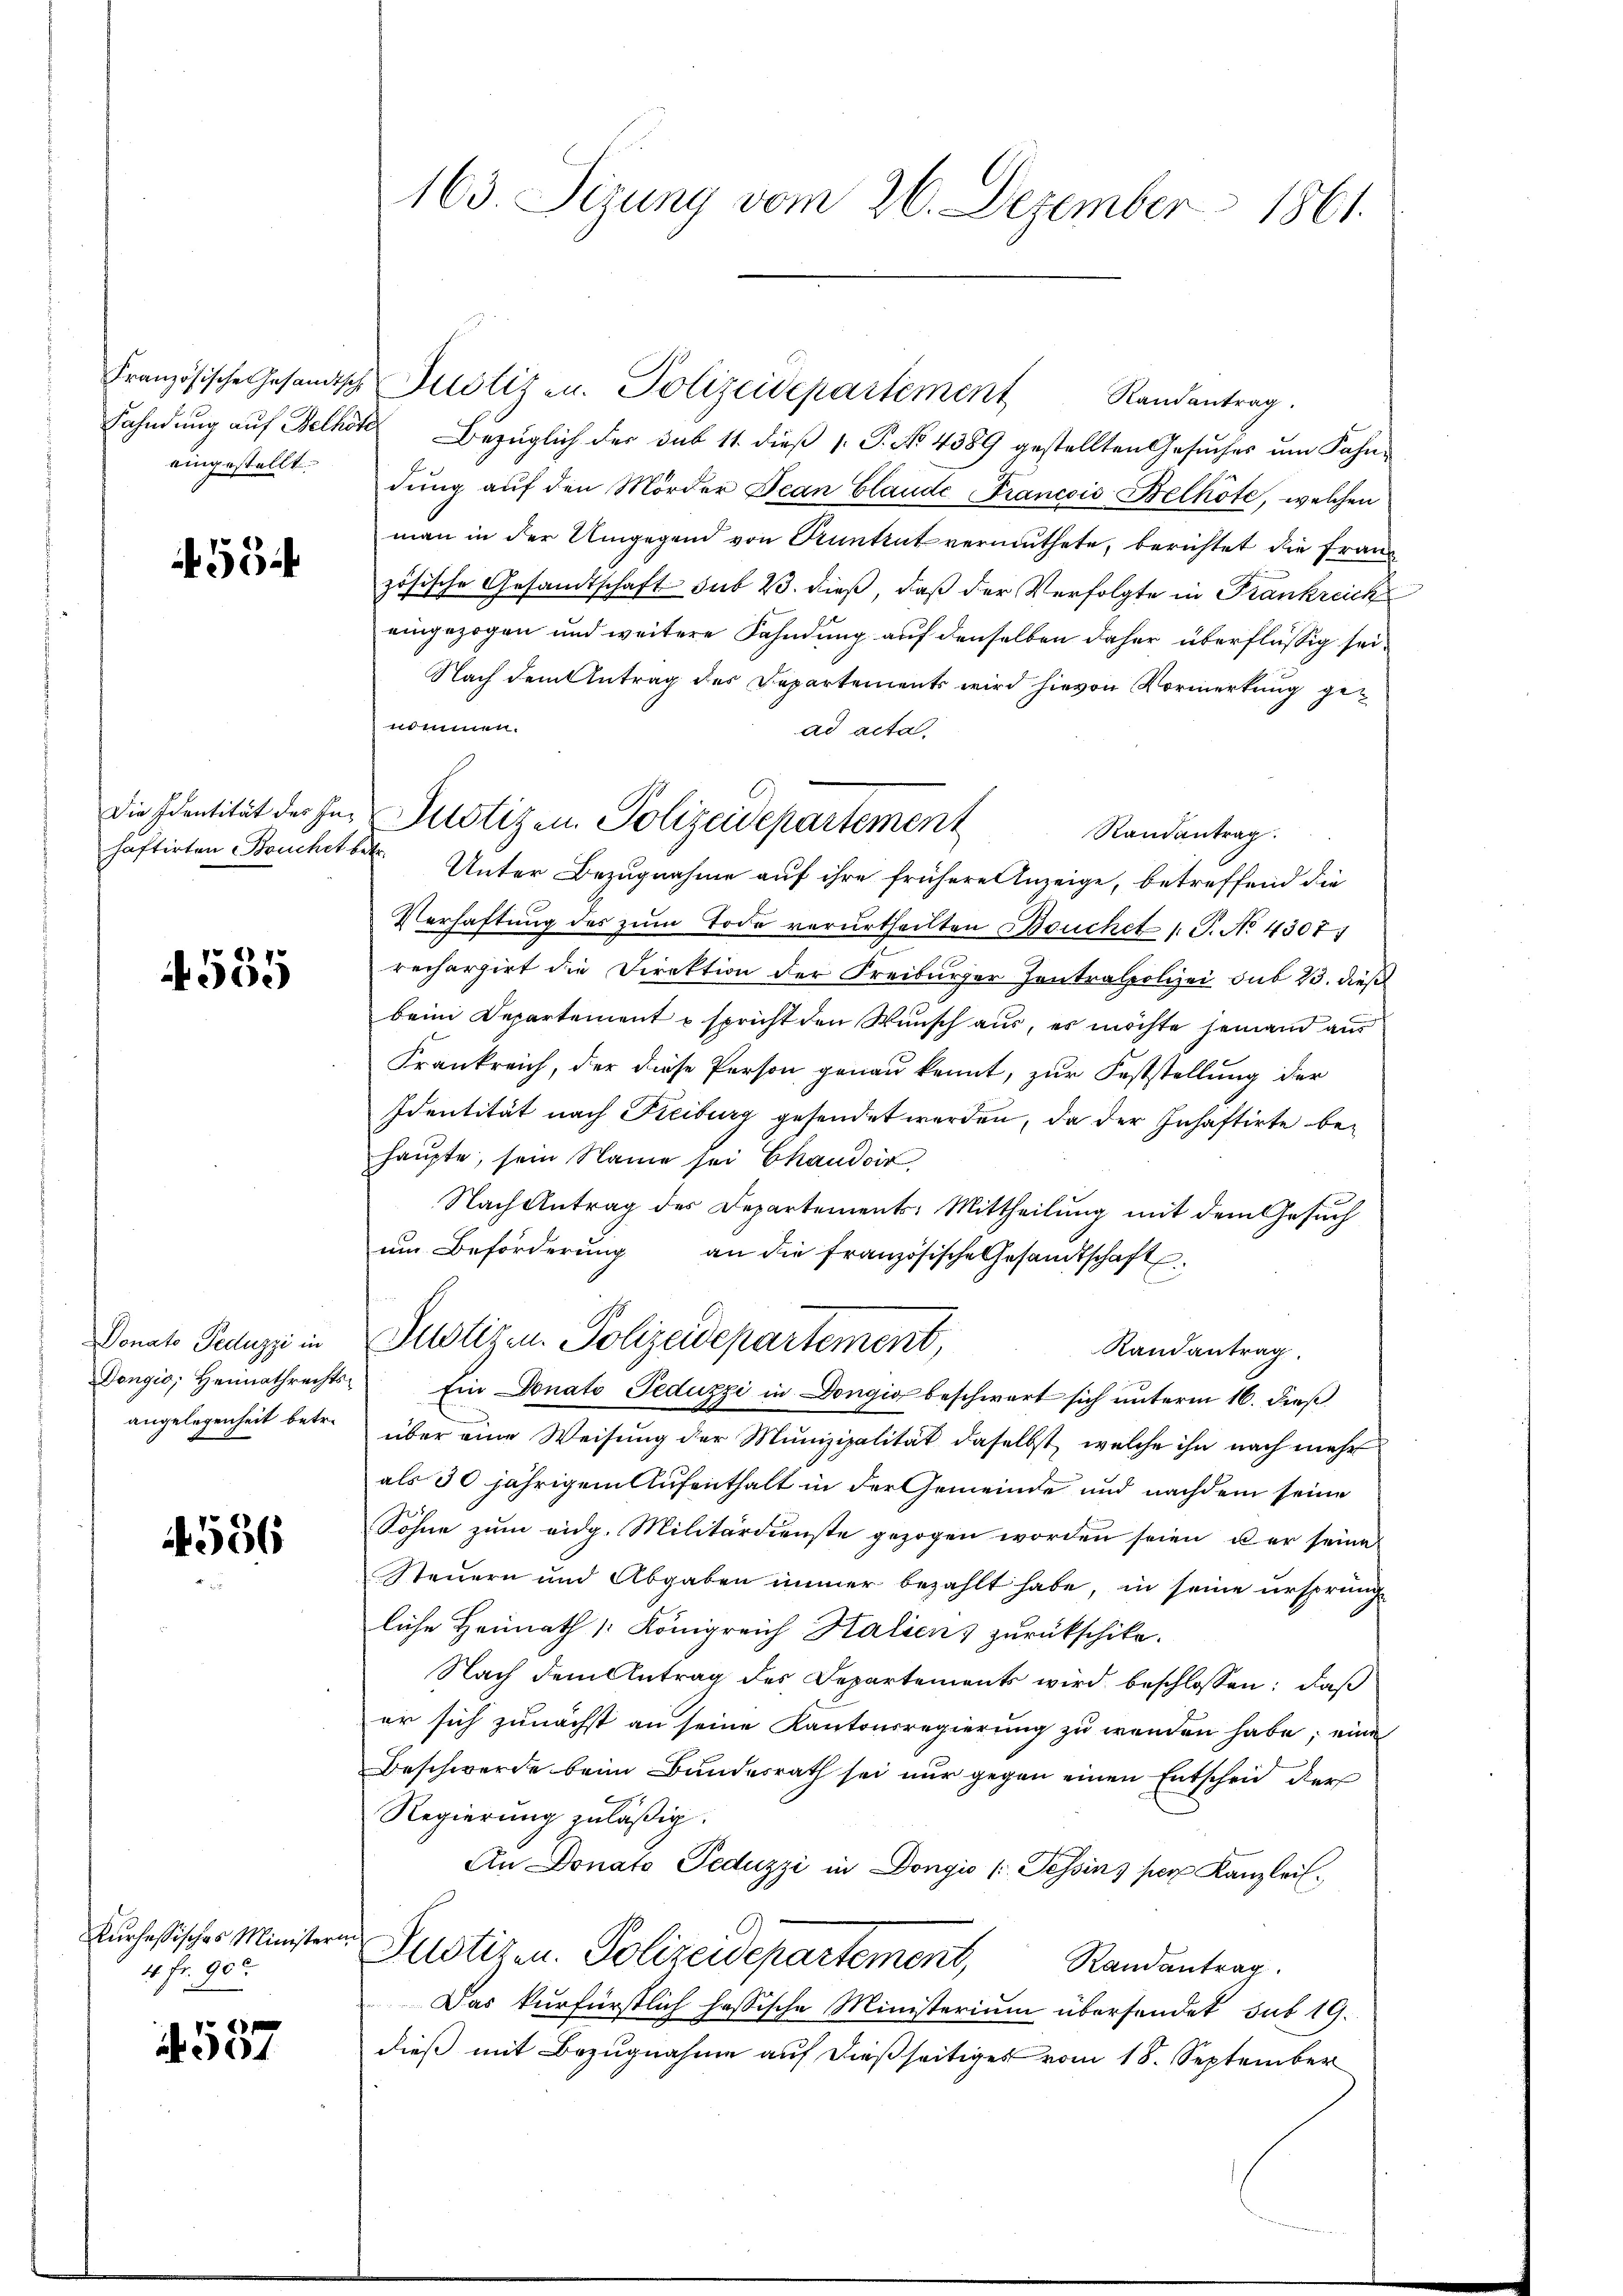
eingestellt.

55

häftirten Bruchet betr.

585

onate Geluggi in
angelegenheit betr.

4556

Kurhessisches Minister
4 fr. 900.

537

163. Sizung vom 26. Dezember 1861.

Fahndung auf Belhöte Bezüglich der sub 11. dieß 1. P. No 4389 gestellten Gesuches um Fahne
dŭng aŭf den Mörder Jean Claude Francois Belkote, welchen
man in der Umgegend von Truntrut vermuthete, berichtet die Franz
zösische Gesandtschaft sub 23. dieß, daß der Verfolgte in Frankreich
eingezogen und weitere Fahndung auf denselben daher überflüssig sei¬
Nach dem Antrag des Departements wird hievon Vormerkung genommen.
ad acta.
Randantrag.
Unter Bezugnahme auf ihre frühere Anzeige, betreffend die
Verhaftung des zum Tode verurtheilten Bouchet P. No 43071
rechargirt die Direktion der Freiburger Zentralpolizei sub 23. dieß
beim Departement u spricht den Wunsch aus, es möchte jemand aus
Frankreich, der diese Person genau kennt, zur Feststellung der
Identität nach Freiburg gesendet werden, da der Inhaftirte behaupte, sein Name sei Chaudois,
Nach Antrag des Departements: Mittheilung mit dem Gesuch
ŭm Beförderŭng an die französische Gesandtschaft
Justizen Polizeidepartement,
Randantrag.
Dongio, Heimathrechts: Ein Donato Peduzzi in Dongio beschwart sich unterm 16. dieß
über eine Weisung der Munizipalität daselbst, welche ihn nach mehr
als 30 jährigem Aufenthalt in der Gemeinde und nachdem seine
Sohne zum eidg. Militärdienste gezogen worden seien u er seine
Steuern und Abgaben immer bezahlt habe, in seine ursprunge
liche Heimath Königreich Halien) zurückschike.
Nach dem Antrag des Departements wird beschlossen: daß
er sich zunächst an seine Kantonsregierung zu werden habe; eine
Beschwerde beim Bundesrath sei nur gegen einen Entscheid der
Regierung zuläßig.
An Donato Peduzzi in Dongio (Tessin, per Kanzlei.
d
Justizen. Polizeidepartement, Randantrag.
Das kurfürstlich hassische Ministerium übersendet sub 19.
dieß mit Bezugnahme auf dießseitiges vom 18. September

Die Identität der her Justizen. Polizeidepartement

Französische Gesandtsch Justiz zu. Polizeidepartement Randantrag.